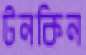
টনকিন